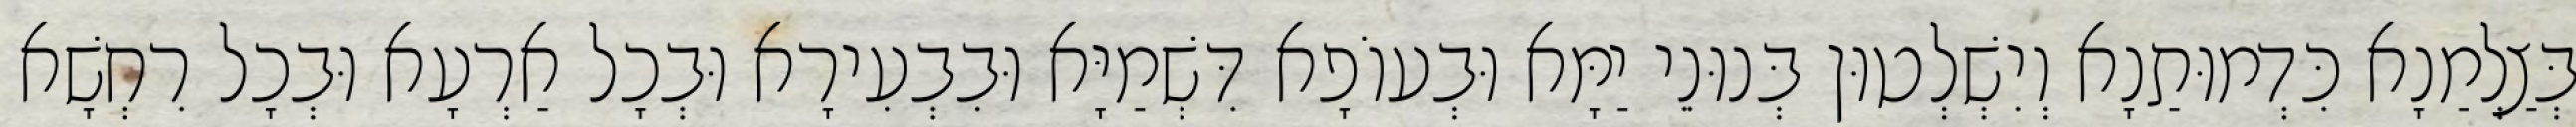
בְּצַלְמַנָא כִּדְמוּתַנָא וְיִשְׁלְטוּן בְּנוּנֵי יַמָּא וּבְעוֹפָא דִּשְׁמַיָּא וּבִבְעִירָא וּבְכָל אַרְעָא וּבְכָל רִחְשָׁא